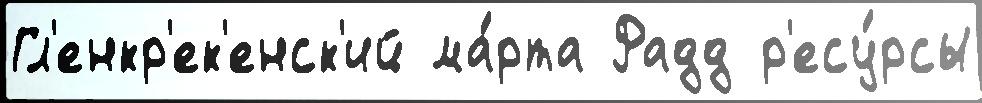
Гл'енкр'ек'енск'ий ма́рта Радд р'есу́рсы